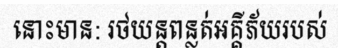
នោះមាន: រថយន្តពន្លត់អគ្គីភ័យរបស់